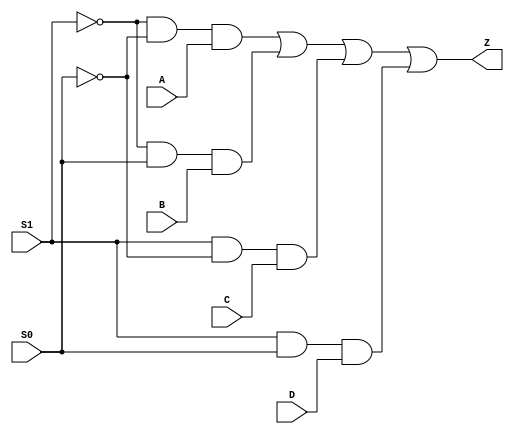
module mux(
    input S0,
    input S1,
    input A,
    input B,
    input C,
    input D,
    output Z
    );
    assign Z=(~S1&~S0&A)|(~S1&S0&B)|(S1&~S0&C)|(S1&S0&D);
endmodule